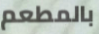
بالمطعم